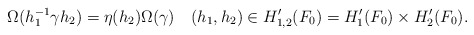
\begin{align*} \Omega(h_1^{-1}\gamma h_2)=\eta(h_2)\Omega(\gamma) \quad(h_1, h_2)\in H_{1, 2}'(F_0)=H'_1(F_0)\times H_2'(F_0).\end{align*}